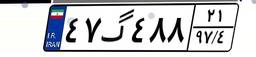
۴۷گ۴۸۸۲۱